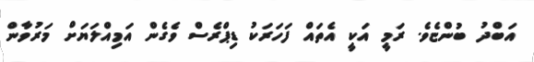
އަބްދު ބުންޏެވެ. ރަމީ އަކީ އެތައް ފަހަރަކު ޑިޕްރެސް ވެގެން އަމިއްލަޔަށް މަރުވާން